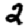
Digit: 2